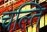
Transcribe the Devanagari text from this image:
चल्ति